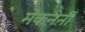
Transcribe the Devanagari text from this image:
मेकनेर्नी